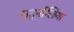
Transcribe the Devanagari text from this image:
सतुर्नालिया